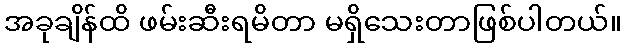
အခုချိန်ထိ ဖမ်းဆီးရမိတာ မရှိသေးတာဖြစ်ပါတယ်။